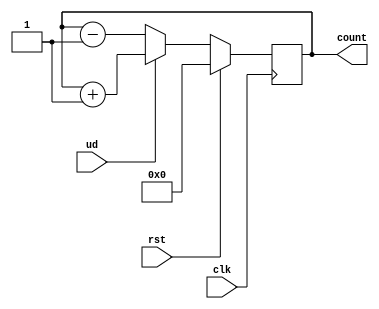
`timescale 1ns / 1ps

// Module Name: counter

//////////////////////////////////////////////////////////////////////////////////


module counter(
    input clk, 
    input rst,
    input ud,
    output reg [3:0] count);
    always @ (posedge clk)
    if (rst)
        count <= 4'b0000;
    else if(ud==1)
        count <= count+1'b1;
    else 
	count <= count -1'b1;
        
endmodule